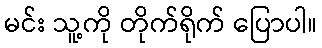
မင်း သူ့ကို တိုက်ရိုက် ပြောပါ။